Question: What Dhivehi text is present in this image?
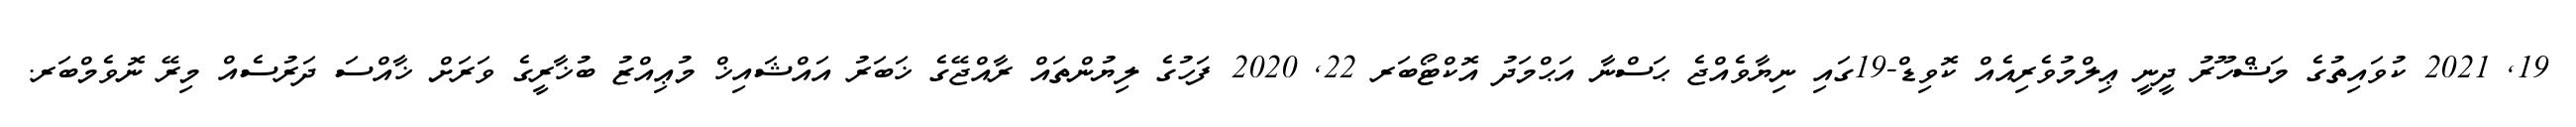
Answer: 19, 2021 ކުވައިތުގެ މަޝްހޫރު ދީނީ ޢިލްމުވެރިއެއް ކޮވިޑް-19ގައި ނިޔާވެއްޖެ ޙަސްނާ އަޙްމަދު އޮކްޓޯބަރ 22, 2020 ފަހުގެ ލިޔުންތައް ރާއްޖޭގެ ޚަބަރު އައްޝައިޚް މުޢިއްޒު ބުޚާރީގެ ވަރަށް ޚާއްސަ ދަރުސެއް މިރޭ ނޮވެމްބަރ.